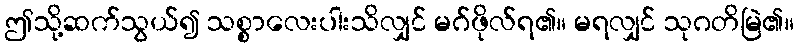
ဤသို့ဆက်သွယ်၍ သစ္စာလေးပါးသိလျှင် မဂ်ဖိုလ်ရ၏။ မရလျှင် သုဂတိမြဲ၏။